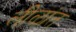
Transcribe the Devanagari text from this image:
लीळांत